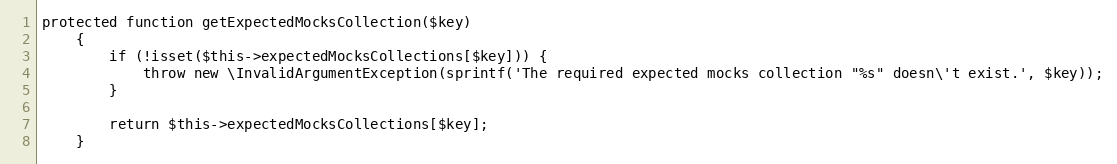
Language: PHP
protected function getExpectedMocksCollection($key)
    {
        if (!isset($this->expectedMocksCollections[$key])) {
            throw new \InvalidArgumentException(sprintf('The required expected mocks collection "%s" doesn\'t exist.', $key));
        }

        return $this->expectedMocksCollections[$key];
    }